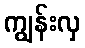
ကျွန်းလှ